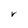
Character: V